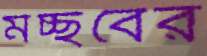
মচ্ছবের